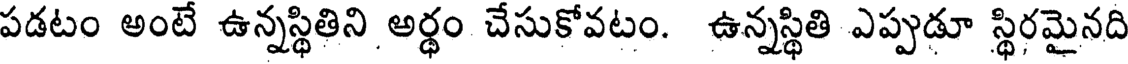
పడటం అంటే ఉన్నస్థితిని అర్థం చేసుకోవటం. ఉన్నస్థితి ఎప్పుడూ స్థిరమైనది